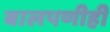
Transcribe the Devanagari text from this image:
बालपणीही